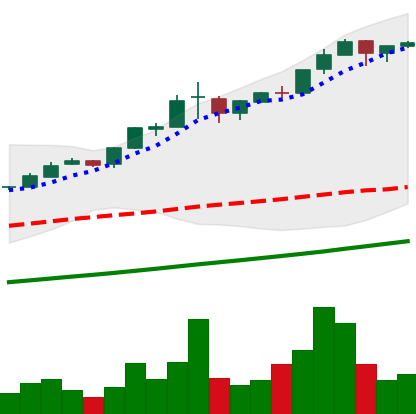
Ticker: BTC-USD
Chart end date: 2017-03-06
Forward return: -7.621%
Label: down_7plus